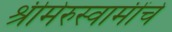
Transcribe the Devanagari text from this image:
श्रीमेरुस्वामींचे